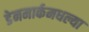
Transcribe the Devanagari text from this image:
डेनमार्कमधल्या